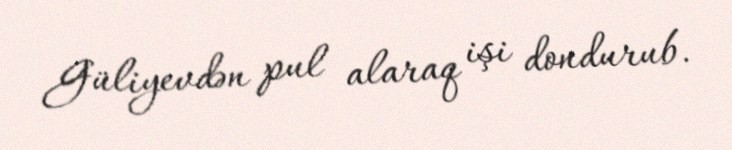
Güliyevdən pul alaraq işi dondurub.